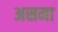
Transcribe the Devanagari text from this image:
असमा